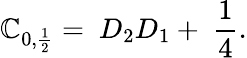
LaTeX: \mathbb{C}_{0,\frac{{1}}{{2}}}=\ D_{2}D_{1}+\ \frac{{1}}{{4}}.